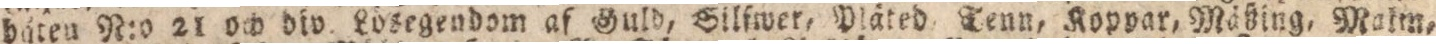
båten N:o 21 och div. Lösegendom af Guld, Silfwer, Pläted, Tenn, Koppar, Mäßing, Makin,